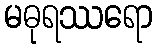
မဓုရဿရော